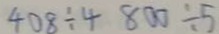
4 0 8 \div 4 8 0 0 \div 5